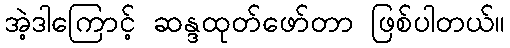
အဲ့ဒါကြောင့် ဆန္ဒထုတ်ဖော်တာ ဖြစ်ပါတယ်။